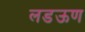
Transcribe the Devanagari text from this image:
लडऊण